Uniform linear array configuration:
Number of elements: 4
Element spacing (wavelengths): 0.5
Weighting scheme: cosine
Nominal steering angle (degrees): -60
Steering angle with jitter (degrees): -59.137
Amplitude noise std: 0.05
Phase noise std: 0.05

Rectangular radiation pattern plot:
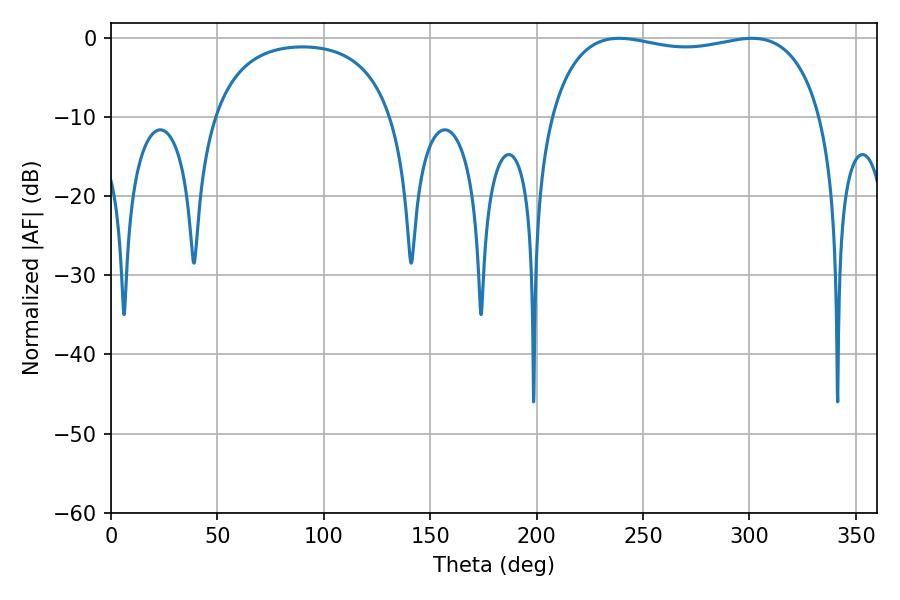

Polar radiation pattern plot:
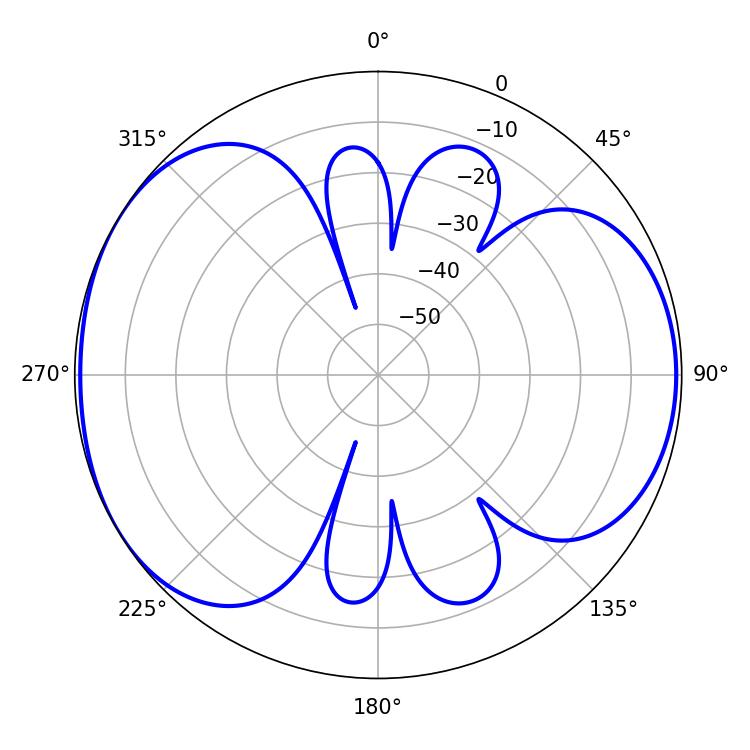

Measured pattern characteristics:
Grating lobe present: FALSE
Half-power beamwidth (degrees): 103.32
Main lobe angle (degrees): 238.86